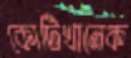
কোটিখানেক